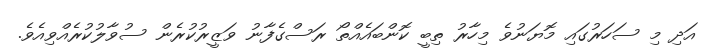
އަދި މި ސަހަރުގައި މޮޔަނުވެ މިހާރު ތިބީ ކޮންބައެއްތޯ ރަސްގެފާނު ވަޒީރުކުރެން ސުވާލުކުރެއްވިއެވެ.